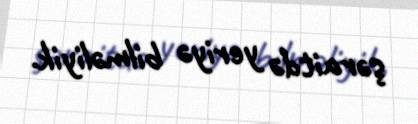
şəraitdə yeriyə bilməliyik.